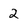
Character: 2